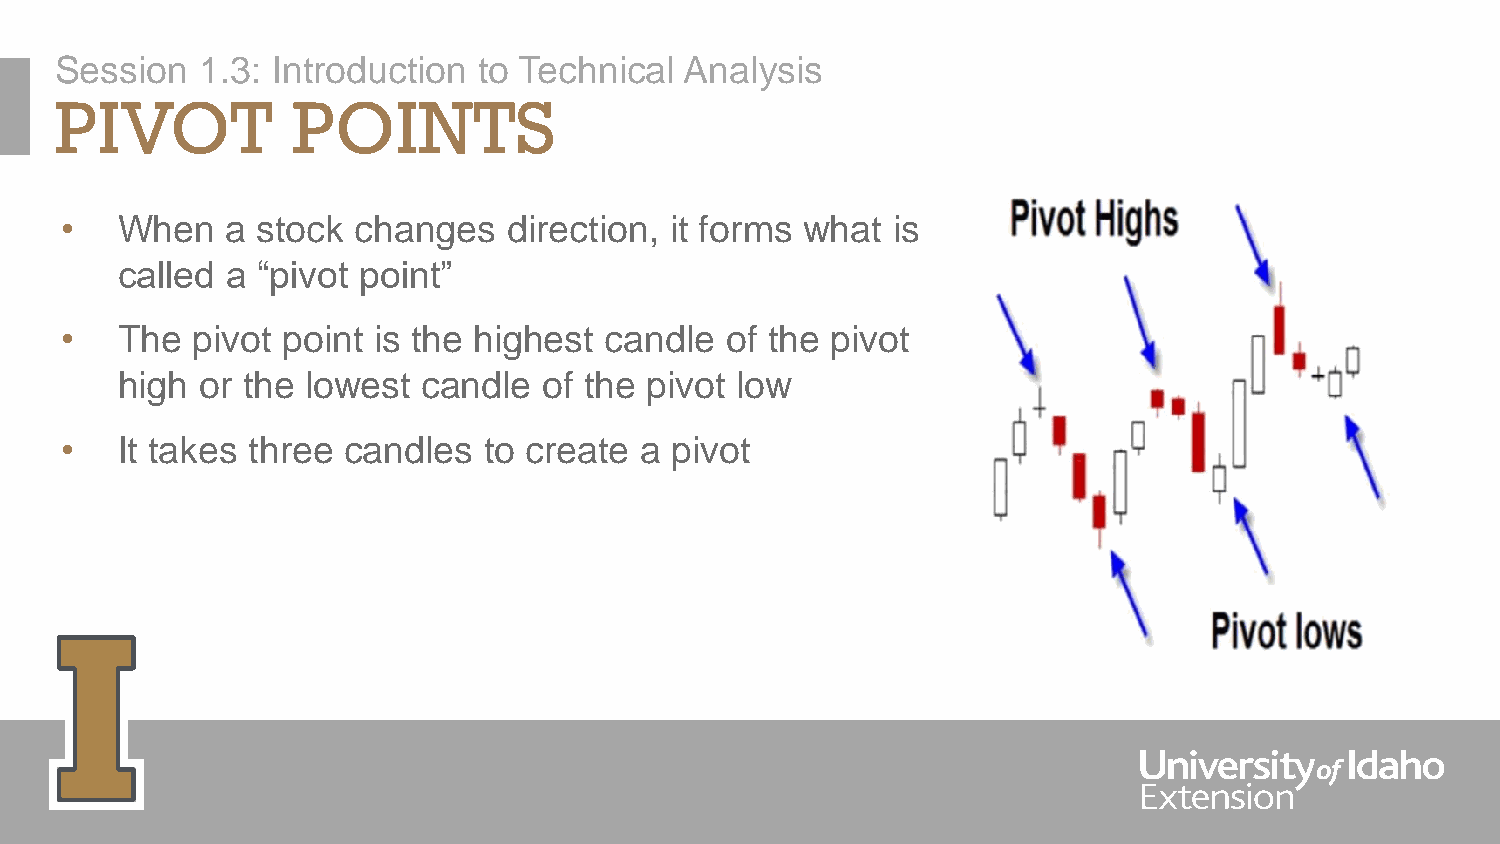
Session  1.3: Introduction  to Technical Analysis
 PIVOT          POINTS
 •   When   a stock  changes   direction, it forms what is
 called a “pivot point”
 •   The  pivot point is the highest candle  of the pivot
 high or the lowest  candle  of the pivot low
 •   It takes three candles  to create a pivot